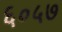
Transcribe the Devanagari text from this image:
६०५७